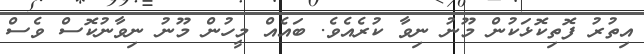
އިތުރު ފޮތިކޮޅަކުން މޫނު ނިވާ ކުރެއެވެ. ބައެއް މީހުން މޫނު ނިވާނުކޮސް ވެސް